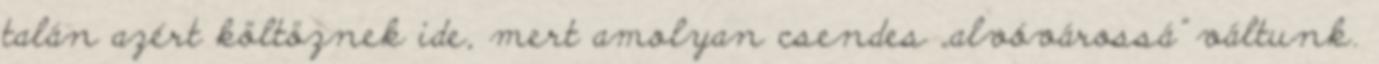
talán azért költöznek ide, mert amolyan csendes „alvóvárossá” váltunk.